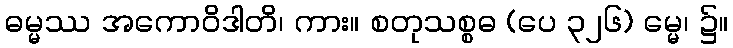
ဓမ္မဿ အကောဝိဒါတိ၊ ကား။ စတုသစ္စဓ (ပေ ၃၂၆) မ္မေ၊ ၌။